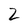
Character: 2